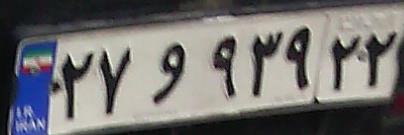
۲۷و۹۳۹۲۲